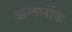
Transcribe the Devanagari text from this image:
अन्तर्लोक